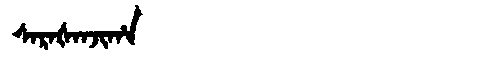
Manchu: ᠰᠠᡵᠠᡧᠠᠨᠵᡳᡥᠠ
Romanization: SARAŠANJIHA